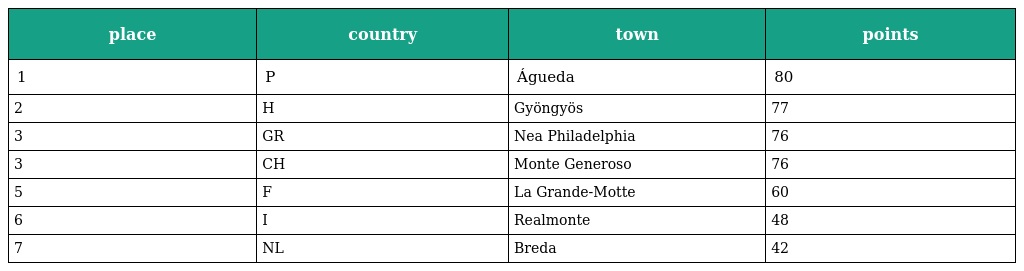
| place | country | town | points |
 | --- | --- | --- | --- |
 | 1 | P | Águeda | 80 |
 | 2 | H | Gyöngyös | 77 |
 | 3 | GR | Nea Philadelphia | 76 |
 | 3 | CH | Monte Generoso | 76 |
 | 5 | F | La Grande-Motte | 60 |
 | 6 | I | Realmonte | 48 |
 | 7 | NL | Breda | 42 |